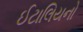
ઈટાલિયનો